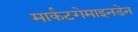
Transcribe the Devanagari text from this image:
मार्कटगेमाइनडेन